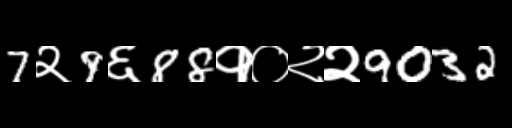
Text: 7२9६88१०२२9032